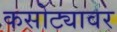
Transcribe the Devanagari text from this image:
कसोट्यावर